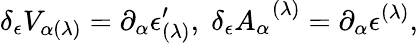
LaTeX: \delta_{\epsilon}V_{\alpha(\lambda)}=\partial_{\alpha}\epsilon_{(\lambda)}^{\prime},\; \delta_{\epsilon}A_{\alpha}^{\; \; (\lambda)}=\partial_{\alpha}\epsilon^{(\lambda)},